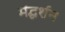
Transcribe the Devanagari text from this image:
मंद्घर्शन